Scientific memoirs by medical officers of the Army of India - Part XII,
Year: 1901
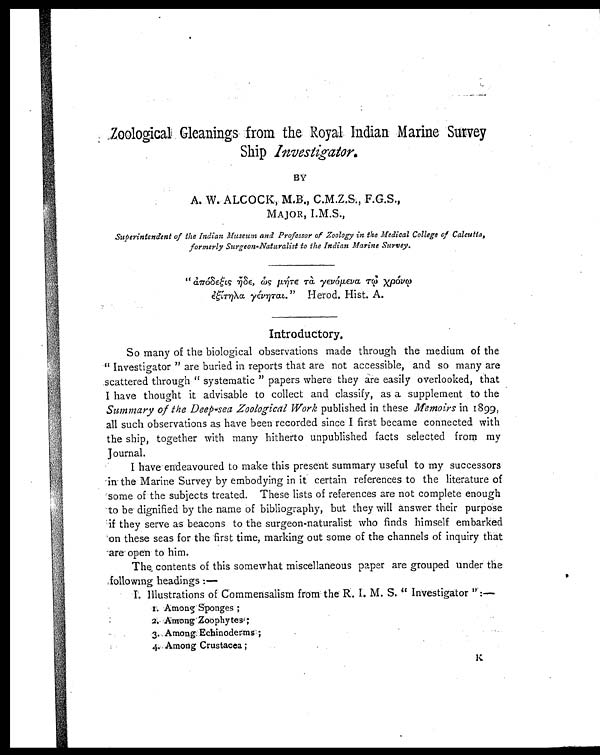
Zoological Gleanings from the Royal Indian Marine Survey
Ship Investigator.
BY
A. W. ALCOCK, M.B., C.M.Z.S., F.G.S.,
MAJOR, I.M.S.,
Superintendent of the Indian Museum and Professor of Zoology in the Medical College of Calcutta,
formerly Surgeon-Naturalist to the Indian Marine Survey.
" I l l e g i b l e w o r d π ó δ ε ξ ι ς I l l e g i b l e w o r d δ ε , I l l e g i b l e w o r d ς μ ή I l l e g i b l e w o r d ε I l l e g i b l e w o r d I l l e g i b l e w o r d γ ε ν ό μ ε ν α I l l e g i b l e w o r d I l l e g i b l e w o r d I l l e g i b l e w o r d ρ ό ν I l l e g i b l e w o r d
I l l e g i b l e w o r d ξ ί I l l e g i b l e w o r d η λ α γ έ ν η I l l e g i b l e w o r d α ι . " H e r o d . H i s t . A .
Introductory.
So many of the biological observations made through the medium of the
" Investigator " are buried in reports that are not accessible, and so many are
scattered through " systematic " papers where they are easily overlooked, that
I have thought it advisable to collect and classify, as a supplement to the
Summary of the Deep-sea Zoological Work published in these Memoirs in 1899,
all such observations as have been recorded since I first became connected with
the ship, together with many hitherto unpublished facts selected from my
Journal.
I have endeavoured to make this present summary useful to my successors
in the Marine Survey by embodying in it certain references to the literature of
some of the subjects treated. These lists of references are not complete enough
to be dignified by the name of bibliography, but they will answer their purpose
if they serve as beacons to the surgeon-naturalist who finds himself embarked
on these seas for the first time, marking out some of the channels of inquiry that
are open to him.
The contents of this somewhat miscellaneous paper are grouped under the
following headings:
—
I. Illustrations of Commensalism from the R. I. M. S. Investigator " :—
1. Among Sponges;
2.Amo n g Z o o p h y t e s ;
3.Among Echinoderms;
4. Among Crustacea;